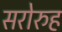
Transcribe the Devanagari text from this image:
सरोरुह